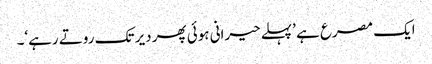
ایک مصرع ہے ’پہلے حیرانی ہوئی پھر دیر تک روتے رہے‘۔